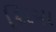
સિયા